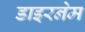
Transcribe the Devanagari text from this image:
डाइरनेम